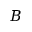
B